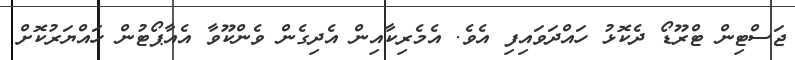
ޖަސްޓިން ޓްރޫޑޯ ދެކޮޅު ހައްދަވައިފި އެވެ. އެމެރިކާއިން އެދިގެން ވެންކޫވާ އެއާޕޯޓުން ހައްޔަރުކޮށް